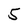
Character: 5